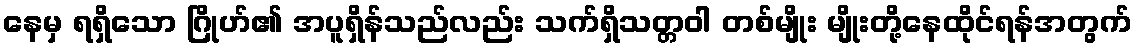
နေမှ ရရှိသော ဂြိုဟ်၏ အပူရှိန်သည်လည်း သက်ရှိသတ္တဝါ တစ်မျိုး မျိုးတို့နေထိုင်ရန်အတွက်